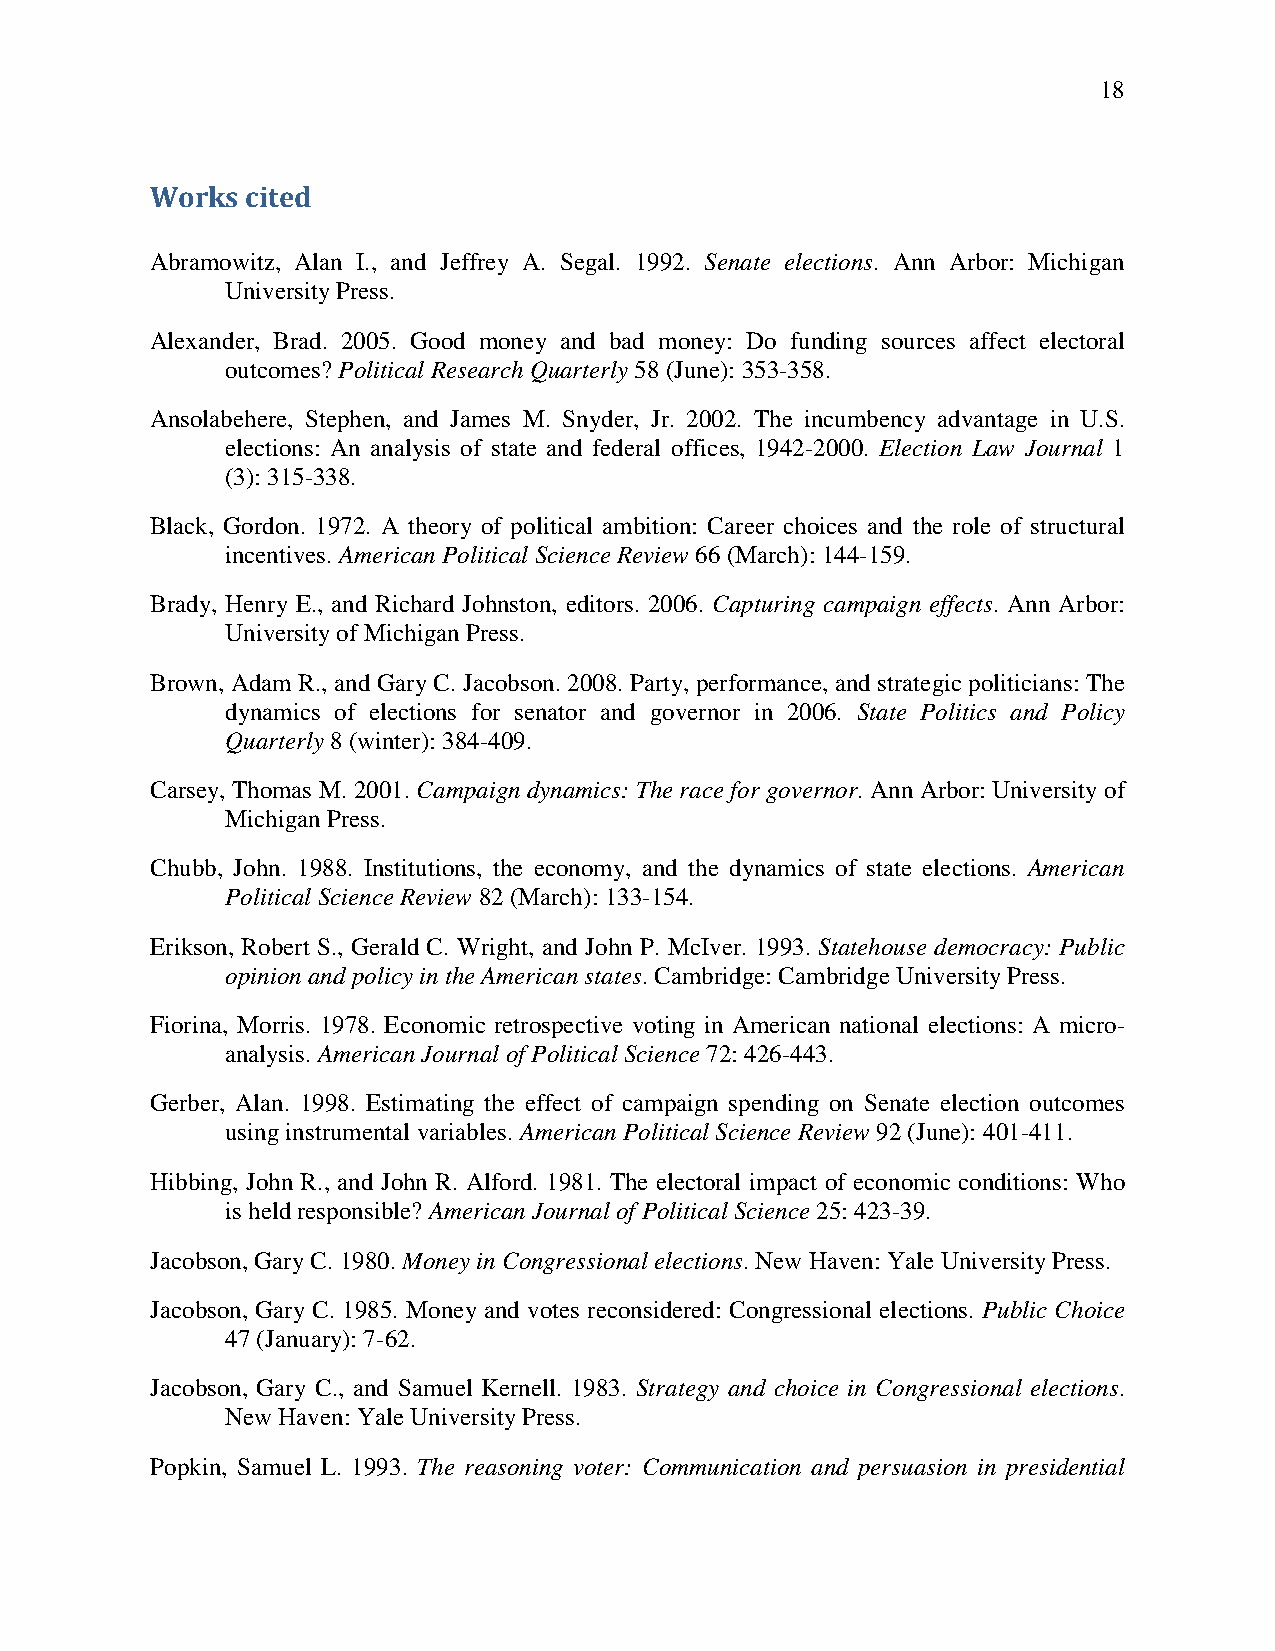
18
 Works cited
 Abramowitz, Alan I., and Jeffrey A. Segal. 1992. Senate elections. Ann Arbor: Michigan
 University Press.
 Alexander, Brad. 2005. Good money and bad money: Do funding sources affect electoral
 outcomes? Political Research Quarterly 58 (June): 353-358.
 Ansolabehere, Stephen, and James M. Snyder, Jr. 2002. The incumbency advantage in U.S.
 elections: An analysis of state and federal offices, 1942-2000. Election Law Journal 1
 (3): 315-338.
 Black, Gordon. 1972. A theory of political ambition: Career choices and the role of structural
 incentives. American Political Science Review 66 (March): 144-159.
 Brady, Henry E., and Richard Johnston, editors. 2006. Capturing campaign effects. Ann Arbor:
 University of Michigan Press.
 Brown, Adam R., and Gary C. Jacobson. 2008. Party, performance, and strategic politicians: The
 dynamics of elections for senator and governor in 2006. State Politics and Policy
 Quarterly 8 (winter): 384-409.
 Carsey, Thomas M. 2001. Campaign dynamics: The race for governor. Ann Arbor: University of
 Michigan Press.
 Chubb, John. 1988. Institutions, the economy, and the dynamics of state elections. American
 Political Science Review 82 (March): 133-154.
 Erikson, Robert S., Gerald C. Wright, and John P. McIver. 1993. Statehouse democracy: Public
 opinion and policy in the American states. Cambridge: Cambridge University Press.
 Fiorina, Morris. 1978. Economic retrospective voting in American national elections: A micro-
 analysis. American Journal of Political Science 72: 426-443.
 Gerber, Alan. 1998. Estimating the effect of campaign spending on Senate election outcomes
 using instrumental variables. American Political Science Review 92 (June): 401-411.
 Hibbing, John R., and John R. Alford. 1981. The electoral impact of economic conditions: Who
 is held responsible? American Journal of Political Science 25: 423-39.
 Jacobson, Gary C. 1980. Money in Congressional elections. New Haven: Yale University Press.
 Jacobson, Gary C. 1985. Money and votes reconsidered: Congressional elections. Public Choice
 47 (January): 7-62.
 Jacobson, Gary C., and Samuel Kernell. 1983. Strategy and choice in Congressional elections.
 New Haven: Yale University Press.
 Popkin, Samuel L. 1993. The reasoning voter: Communication and persuasion in presidential